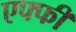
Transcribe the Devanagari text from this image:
एफ्फी